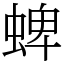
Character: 蜱